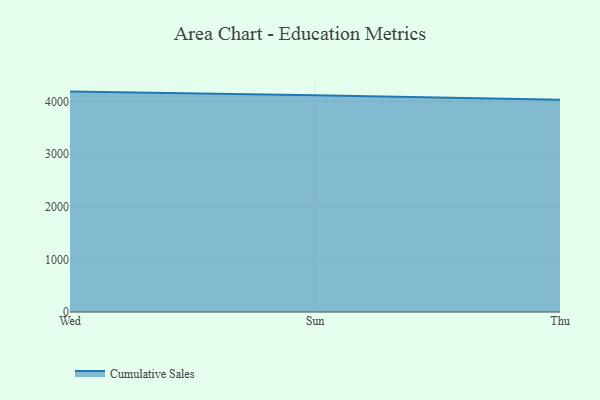
{"axis": {"x": "Day", "y": "Budget (USD K)"}, "legend": ["Cumulative Sales"], "data": [{"x": "Wed", "y": 4185.2, "type": "Cumulative Sales"}, {"x": "Sun", "y": 4118.1, "type": "Cumulative Sales"}, {"x": "Thu", "y": 4028.6, "type": "Cumulative Sales"}]}